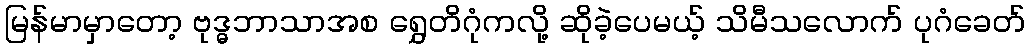
မြန်မာမှာတော့ ဗုဒ္ဓဘာသာအစ ရွှေတိဂုံကလို့ ဆိုခဲ့ပေမယ့် သိမီသလောက် ပုဂံခေတ်